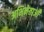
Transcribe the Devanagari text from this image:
अभिनेताओँ